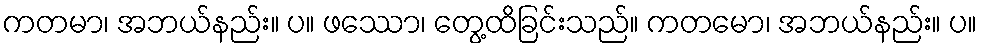
ကတမာ၊ အဘယ်နည်း။ ပ။ ဖဿော၊ တွေ့ထိခြင်းသည်။ ကတမော၊ အဘယ်နည်း။ ပ။